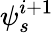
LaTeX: \psi_{s}^{i+1}